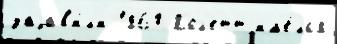
заjав'и́л'и 1860 Кол'етт им'е́лс'я